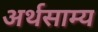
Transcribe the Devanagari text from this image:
अर्थसाम्य